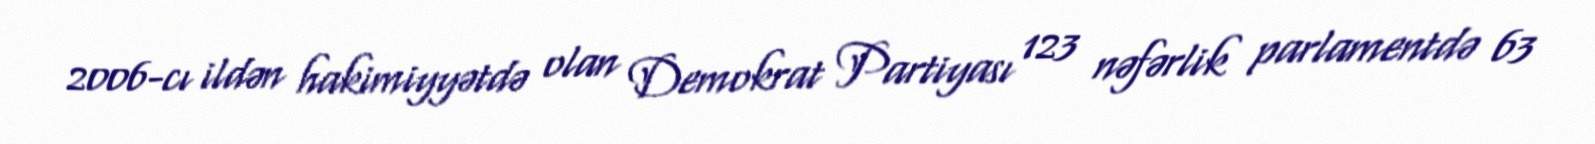
2006-cı ildən hakimiyyətdə olan Demokrat Partiyası 123 nəfərlik parlamentdə 63